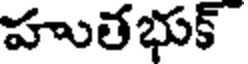
హుతభుక్